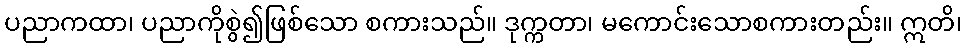
ပညာကထာ၊ ပညာကိုစွဲ၍ဖြစ်သော စကားသည်။ ဒုက္ကတာ၊ မကောင်းသောစကားတည်း။ ဣတိ၊